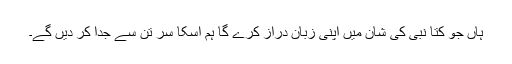
ہاں جو کتا نبی کی شان میں اپنی زبان دراز کرے گا ہم اسکا سر تن سے جدا کر دیں گے۔